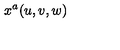
x ^ { a } ( u , v , w )